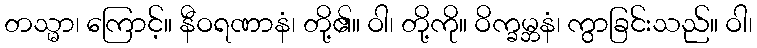
တသ္မာ၊ ကြောင့်။ နီဝရဏာနံ၊ တို့၏။ ဝါ၊ တို့ကို။ ဝိက္ခမ္ဘနံ၊ ကွာခြင်းသည်။ ဝါ၊